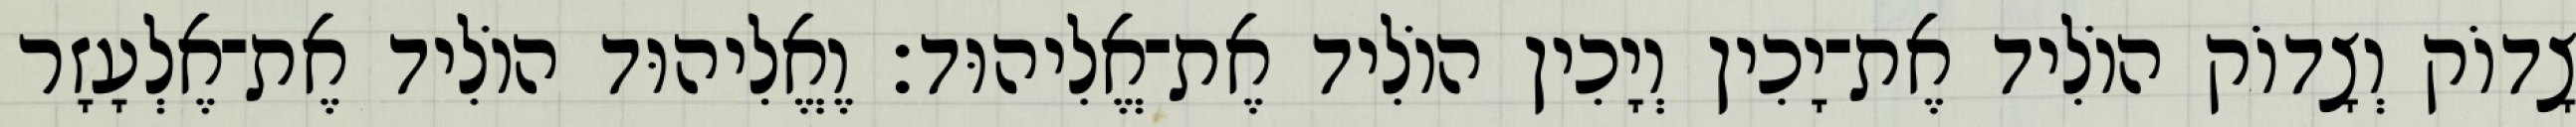
צָדוֹק וְצָדוֹק הוֹלִיד אֶת־יָכִין וְיָכִין הוֹלִיד אֶת־אֱלִיהוּד׃ וֶאֱלִיהוּד הוֹלִיד אֶת־אֶלְעָזָר